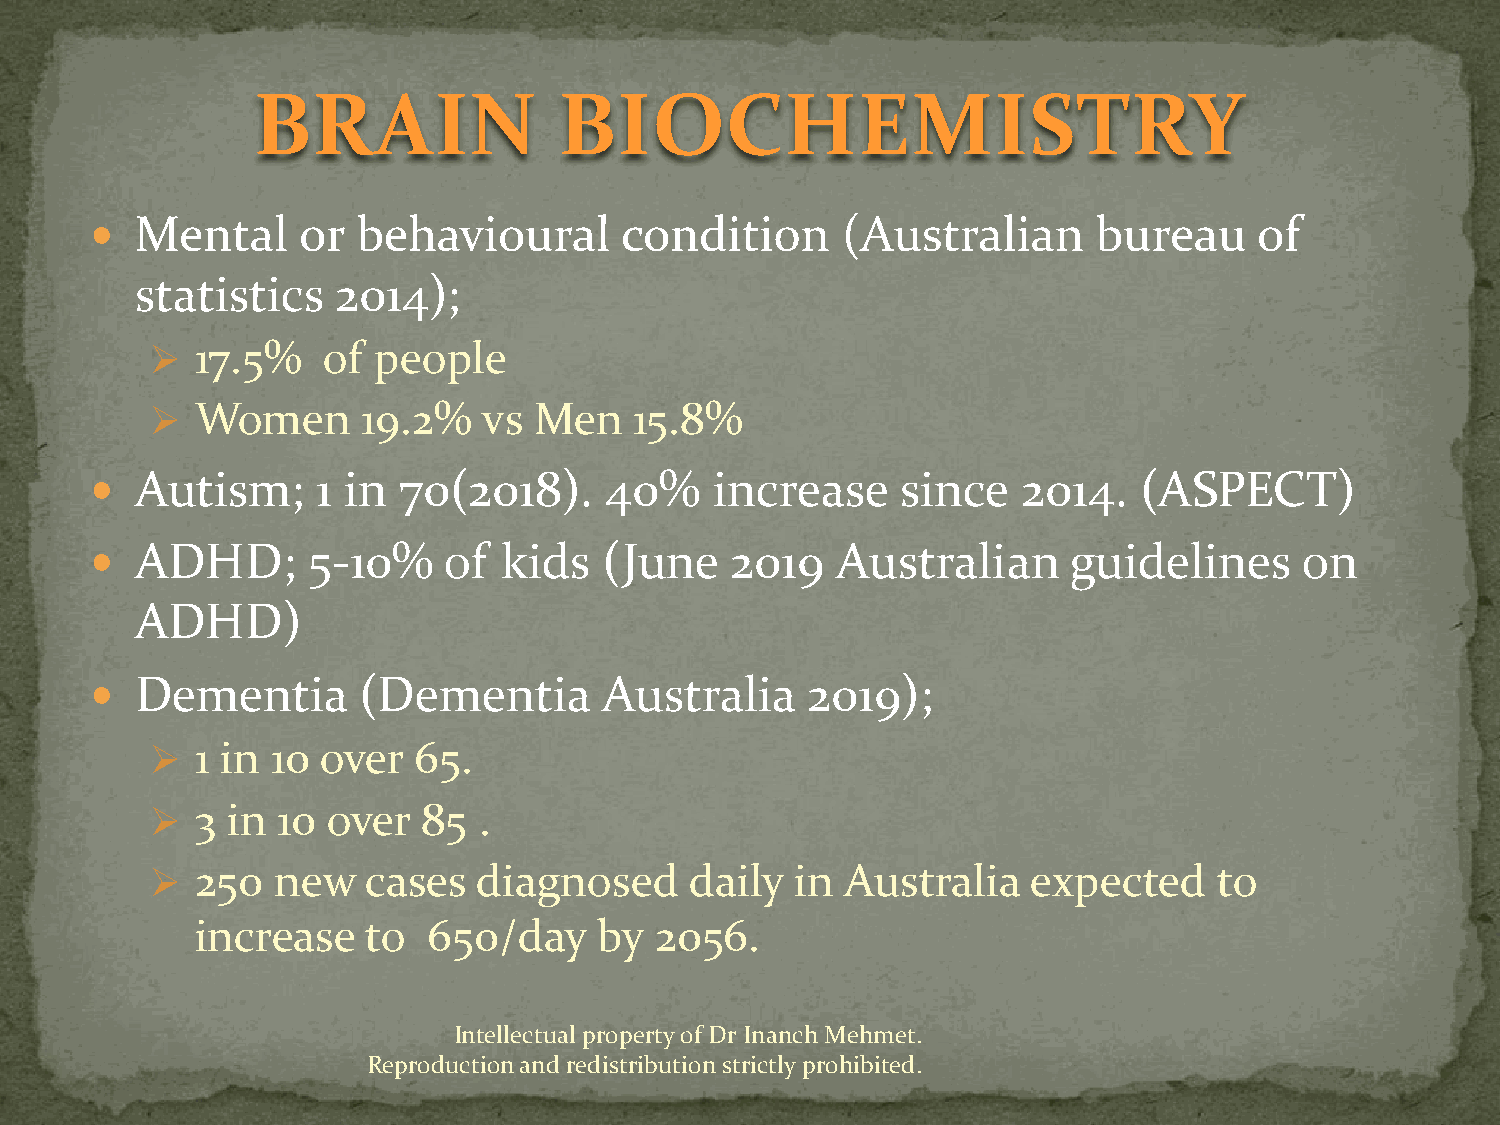
BRAIN               BIOCHEMISTRY
   Mental     or  behavioural      condition      (Australian      bureau    of
 statistics   2014);
   17.5%   of  people
   Women      19.2%   vs Men    15.8%
   Autism;     1 in 70(2018).     40%    increase     since   2014.  (ASPECT)
   ADHD;      5-10%    of  kids   (June   2019   Australian      guidelines     on
 ADHD)
   Dementia       (Dementia       Australia    2019);
   1 in 10 over  65.
   3 in 10  over  85  .
   250  new   cases   diagnosed     daily  in Australia   expected     to
 increase   to  650/day     by 2056.
 Intellectual property of Dr Inanch Mehmet.
 Reproduction and redistribution strictly prohibited.